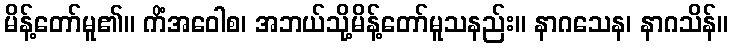
မိန့်တော်မူ၏။ ကိံအဝေါစ၊ အဘယ်သို့မိန့်တော်မူသနည်း။ နာဂသေန၊ နာဂသိန်။